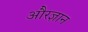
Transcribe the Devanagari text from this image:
औरज्ञान